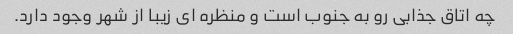
چه اتاق جذابی رو به جنوب است و منظره ای زیبا از شهر وجود دارد.